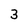
Character: 3